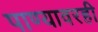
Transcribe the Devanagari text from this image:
पाण्यावरही